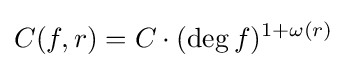
C(f,r)=C\cdot (\deg f)^{1+\omega (r)}